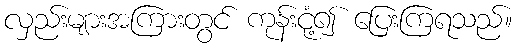
လှည်းများအကြားတွင် ကုန်းငုံ့၍ ပြေးကြရသည်။